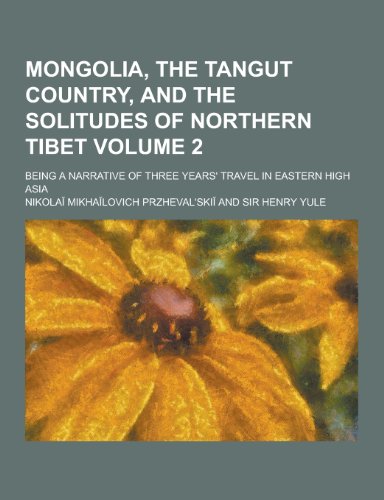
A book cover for Mongolia, the Tangut Country, and the Solitudes of Northern Tibet; Being a Narrative of Three Years' Travel in Eastern High Asia Volume 2; Nikolai Mikhailovich Przhevalskii; Travel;